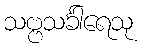
သဗ္ဗသင်္ခါရေသု